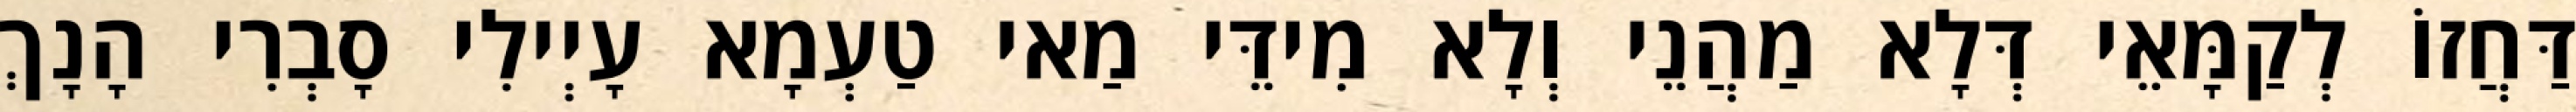
דַּחֲזוֹ לְקַמָּאֵי דְּלָא מַהֲנֵי וְלָא מִידֵּי מַאי טַעְמָא עָיְילִי סָבְרִי הָנָךְ